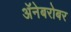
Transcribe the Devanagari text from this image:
अॅनेबरोबर